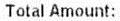
TOTAL AMOUNT: